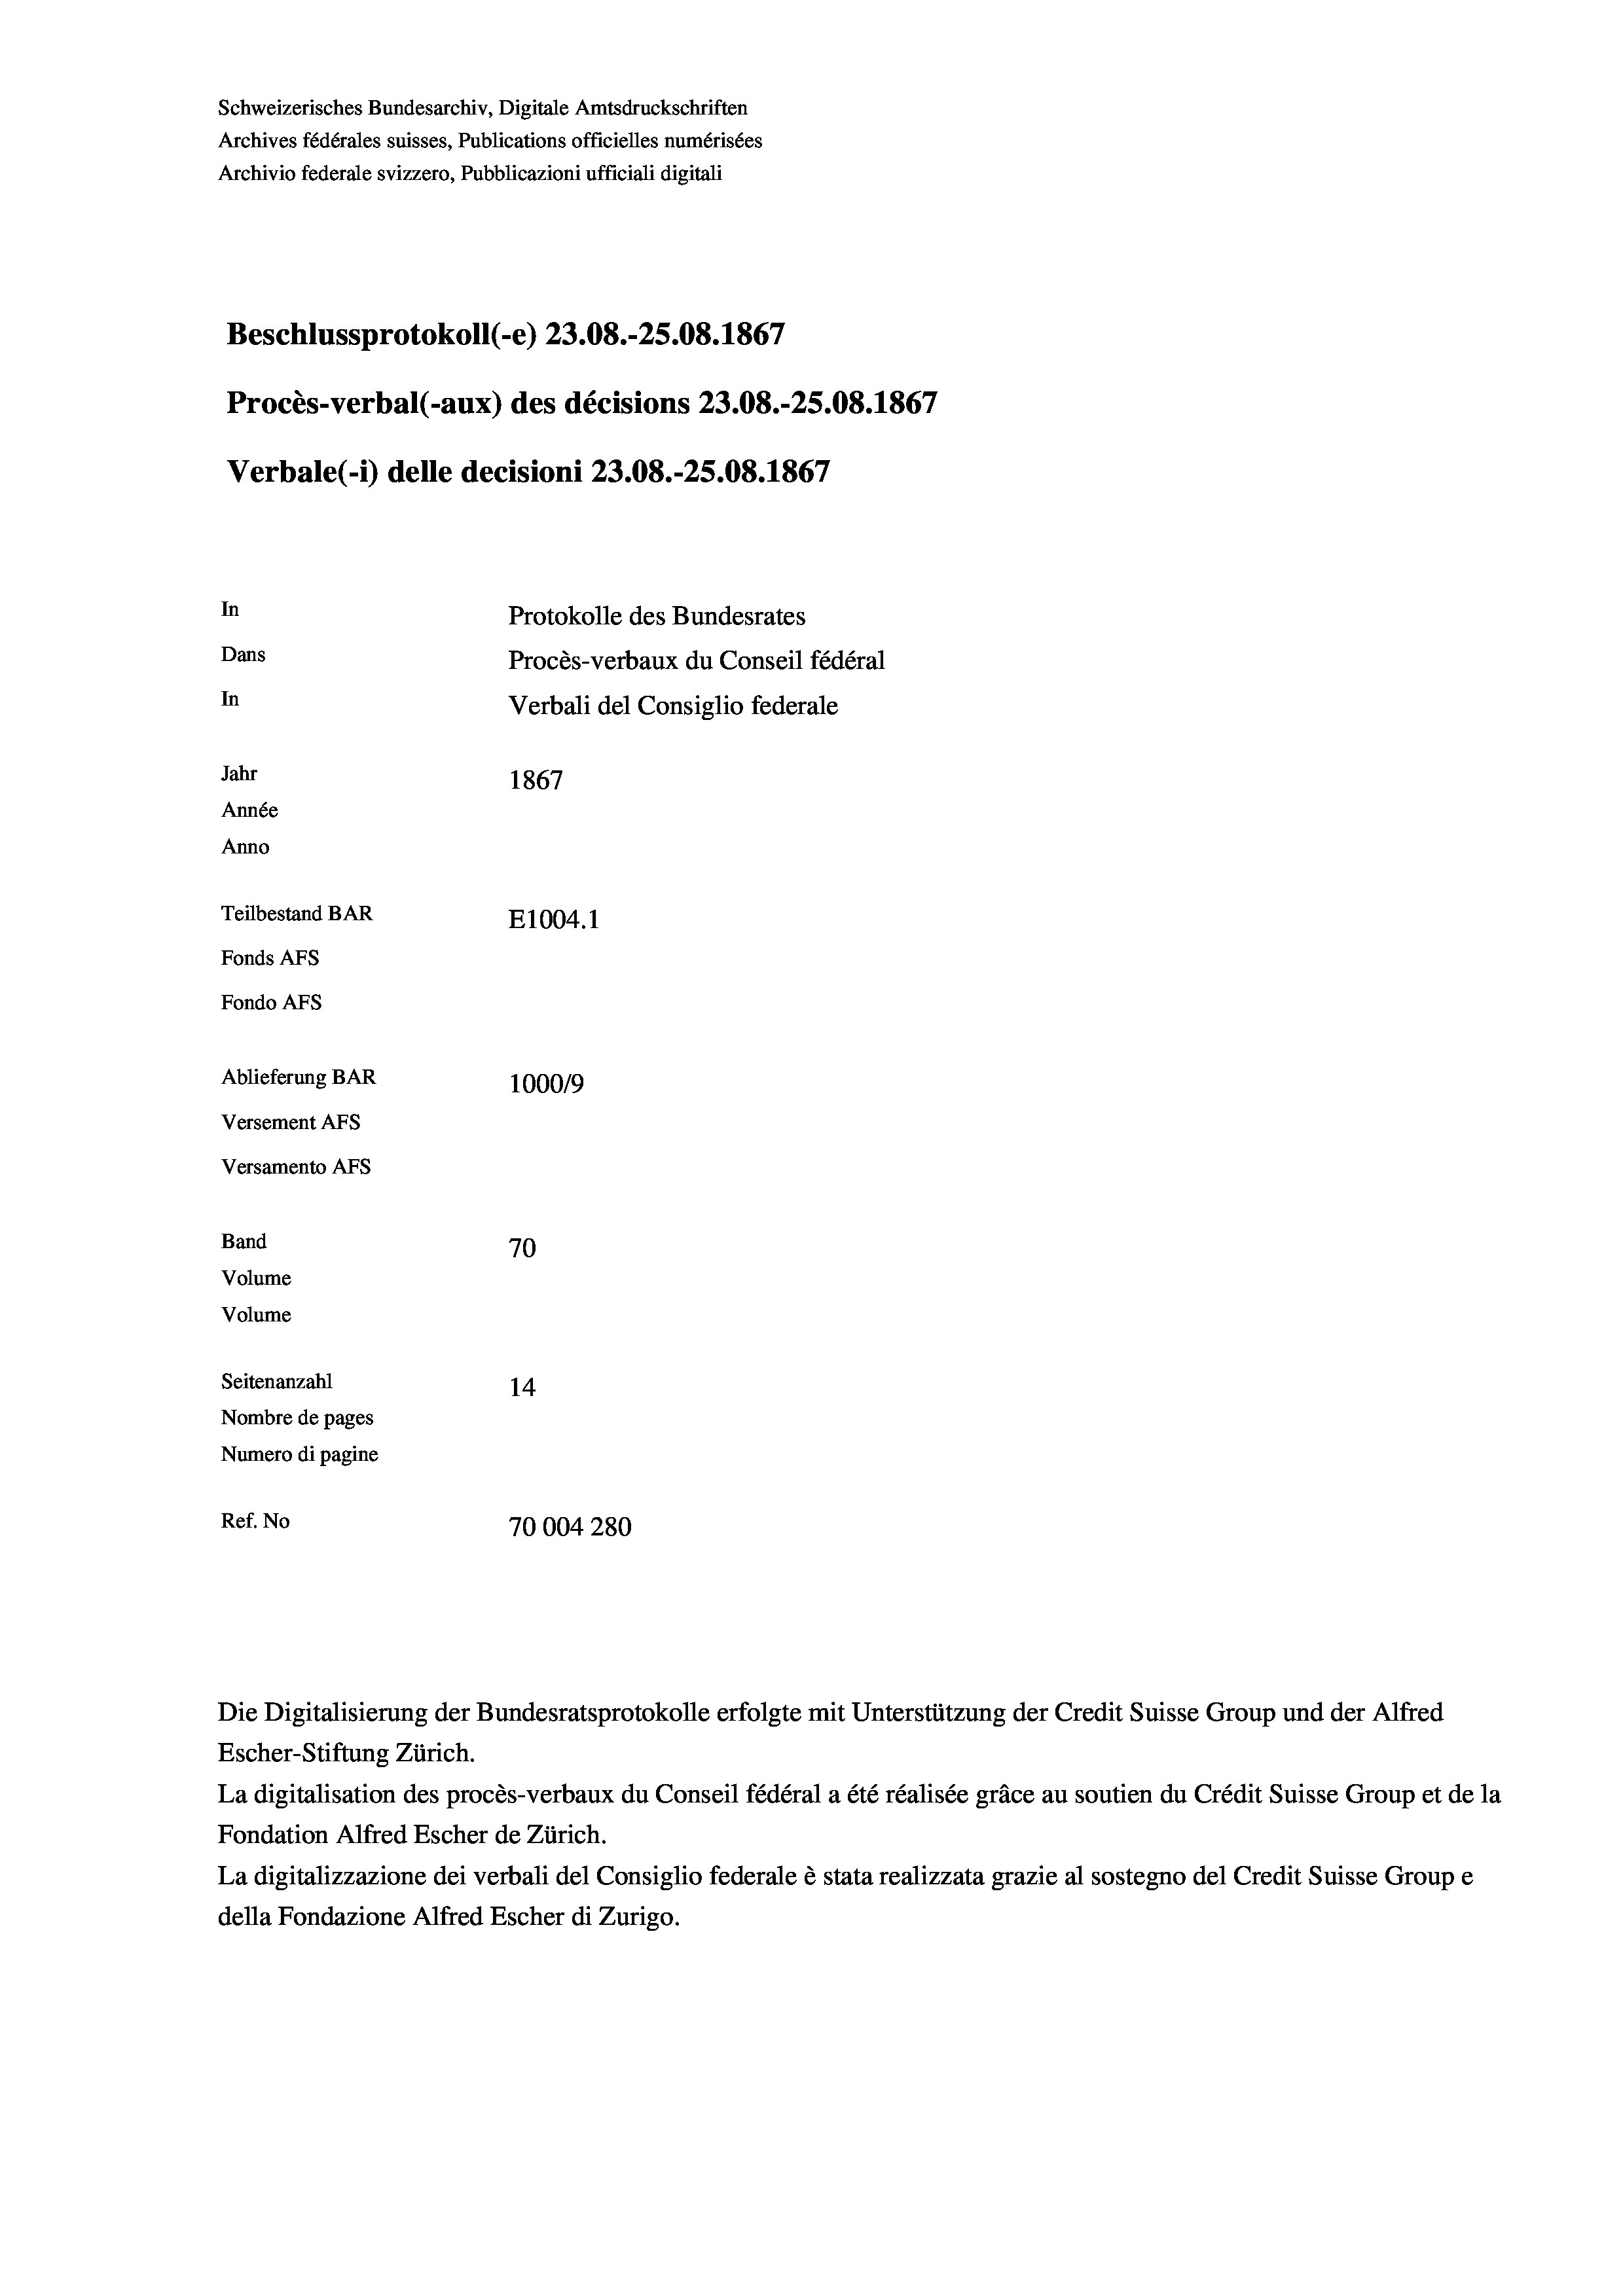
Schweizerisches Bundesarchiv, Digitale Amtsdruckschriften
Archives fédérales suisses, Publications officielles numérisées
Archivio federale svizzero, Pubblicazioni ufficiali digitali
Beschlussprotokoll (e) 23.08.-25.08. 1867
Procès-verbal (-aux) des décisions 23.08.-25.08. 1867
Verbale (-*) delle decisioni 23.08.-25.08. 1867
In
Protokolle des Bundesrates
Dans
Procès-verbaux du Conseil fédéral
In
Verbali del Consiglio federale
Jahr
1867
Année
Anno
Teilbestand BAR
E1004.1
Fonds AFs
Fondo AFS
Ablieferung BAR
100019
Versement AFs
Versamento AFs
Band
70
Volume
Volume
Seitenanzahl
14

Nombre de pages
Numero di pagine
Ref. No
70004280

Die Digitalisierung der Bundesratsprotokolle erfolgte mit Unterstützung der Credit Suisse Group und der Alfred

Escher-Stiftung Zürich.
La digitalisation des procès-verbaux du Conseil fédéral a été réalisée gräce au soutien du Crédit Suisse Group et de la
Fondation Alfred Escher de Zürich.
La digitalizzazione dei verbali del Consiglio federale è stata realizzata grazie al sostegno del Credit Suisse Groupe
della Fondazione Alfred Escher di Zurigo.